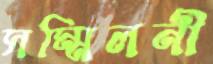
সম্মিলনী